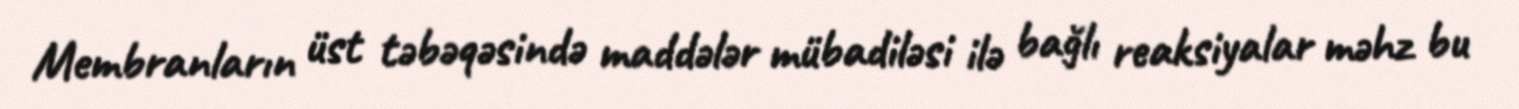
Membranların üst təbəqəsində maddələr mübadiləsi ilə bağlı reaksiyalar məhz bu